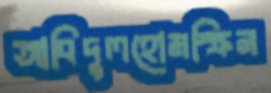
আবিদুলহোমস্ক্রিন